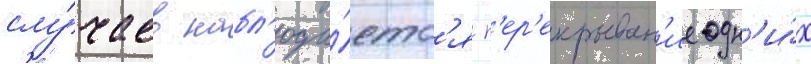
слу́чаев набл'юда́етс'я п'ер'екрыван'ие одн'и́х